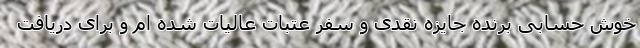
خوش حسابی برنده جایزه نقدی و سفر عتبات عالیات شده ام و برای دریافت